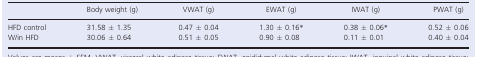
<table><thead><tr><td></td><td><b>Body weight (g)</b></td><td><b>VWAT (g)</b></td><td><b>EWAT (g)</b></td><td><b>IWAT (g)</b></td><td><b>PWAT (g)</b></td></tr></thead><tbody><tr><td>HFD control</td><td>31.58 ± 1.35</td><td>0.47 ± 0.04</td><td>1.30 ± 0.16*</td><td>0.38 ± 0.06*</td><td>0.52 ± 0.06</td></tr><tr><td>W/in HFD</td><td>30.06 ± 0.64</td><td>0.51 ± 0.05</td><td>0.90 ± 0.08</td><td>0.11 ± 0.01</td><td>0.40 ± 0.04</td></tr></tbody></table>